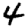
Digit: 4